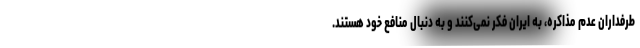
طرفداران عدم مذاکره، به ایران فکر نمی‌کنند و به دنبال منافع خود هستند.